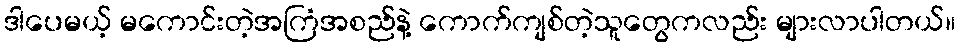
ဒါပေမယ့် မကောင်းတဲ့အကြံအစည်နဲ့ ကောက်ကျစ်တဲ့သူတွေကလည်း များလာပါတယ်။